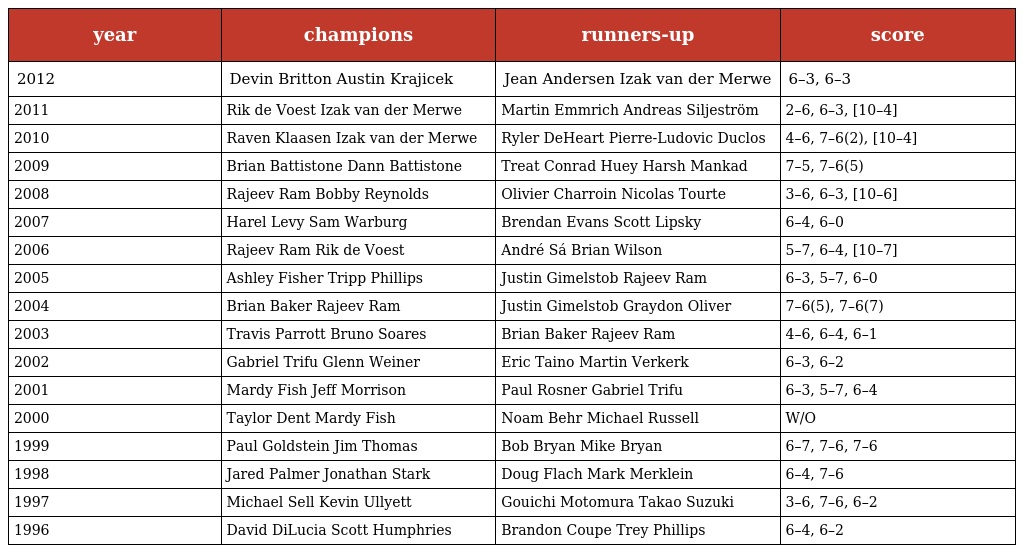
| year | champions | runners-up | score |
 | --- | --- | --- | --- |
 | 2012 | Devin Britton Austin Krajicek | Jean Andersen Izak van der Merwe | 6–3, 6–3 |
 | 2011 | Rik de Voest Izak van der Merwe | Martin Emmrich Andreas Siljeström | 2–6, 6–3, [10–4] |
 | 2010 | Raven Klaasen Izak van der Merwe | Ryler DeHeart Pierre-Ludovic Duclos | 4–6, 7–6(2), [10–4] |
 | 2009 | Brian Battistone Dann Battistone | Treat Conrad Huey Harsh Mankad | 7–5, 7–6(5) |
 | 2008 | Rajeev Ram Bobby Reynolds | Olivier Charroin Nicolas Tourte | 3–6, 6–3, [10–6] |
 | 2007 | Harel Levy Sam Warburg | Brendan Evans Scott Lipsky | 6–4, 6–0 |
 | 2006 | Rajeev Ram Rik de Voest | André Sá Brian Wilson | 5–7, 6–4, [10–7] |
 | 2005 | Ashley Fisher Tripp Phillips | Justin Gimelstob Rajeev Ram | 6–3, 5–7, 6–0 |
 | 2004 | Brian Baker Rajeev Ram | Justin Gimelstob Graydon Oliver | 7–6(5), 7–6(7) |
 | 2003 | Travis Parrott Bruno Soares | Brian Baker Rajeev Ram | 4–6, 6–4, 6–1 |
 | 2002 | Gabriel Trifu Glenn Weiner | Eric Taino Martin Verkerk | 6–3, 6–2 |
 | 2001 | Mardy Fish Jeff Morrison | Paul Rosner Gabriel Trifu | 6–3, 5–7, 6–4 |
 | 2000 | Taylor Dent Mardy Fish | Noam Behr Michael Russell | W/O |
 | 1999 | Paul Goldstein Jim Thomas | Bob Bryan Mike Bryan | 6–7, 7–6, 7–6 |
 | 1998 | Jared Palmer Jonathan Stark | Doug Flach Mark Merklein | 6–4, 7–6 |
 | 1997 | Michael Sell Kevin Ullyett | Gouichi Motomura Takao Suzuki | 3–6, 7–6, 6–2 |
 | 1996 | David DiLucia Scott Humphries | Brandon Coupe Trey Phillips | 6–4, 6–2 |